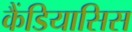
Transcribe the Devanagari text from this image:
कैंडियासिस